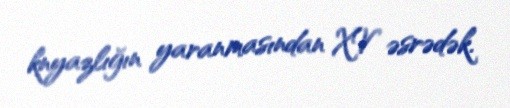
knyazlığın yaranmasından XV əsrədək.